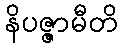
နိပဇ္ဇာမီတိ